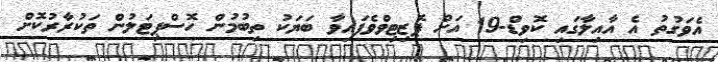
އެވަގުތު އެ އާއިލާގައި ކޮވިޑް-19 އަށް ޕޮޒިޓިވްވެފައިވާ ބަޔަކު ތިބުމުން ހޮސްޕިޓަލުން ތަކުރާރުކޮށް